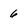
Character: 6